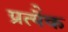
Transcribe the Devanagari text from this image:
प्रत्येेक